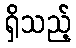
ရှိသည့်